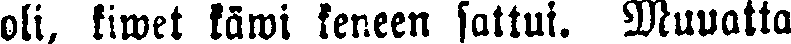
oli, kiwet käwi keneen sattui. Muuatta